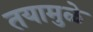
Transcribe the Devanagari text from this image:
तयामुळे